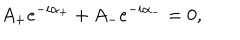
A _ { + } e ^ { - i \alpha _ { + } } + A _ { - } e ^ { - i \alpha _ { - } } = 0 ,